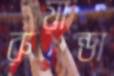
রুয়ান্ডা